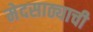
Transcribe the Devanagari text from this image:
मेदसाठ्याची